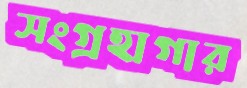
সংগ্রহাগার